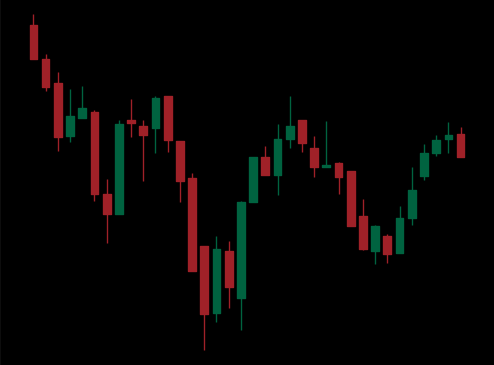
Pattern: inverse_head_shoulders